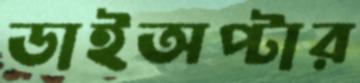
ডাইঅপ্টার